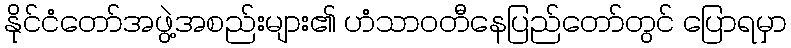
နိုင်ငံတော်အဖွဲ့အစည်းများ၏ ဟံသာဝတီနေပြည်တော်တွင် ပြောရမှာ